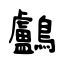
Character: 鸕